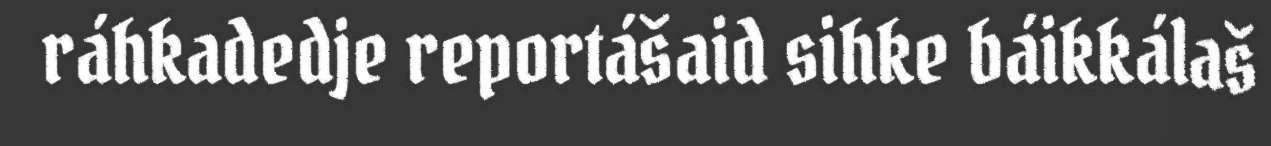
ráhkadedje reportášaid sihke báikkálaš